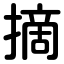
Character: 摘